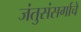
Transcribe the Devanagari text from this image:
जंतुसंसर्गाचे